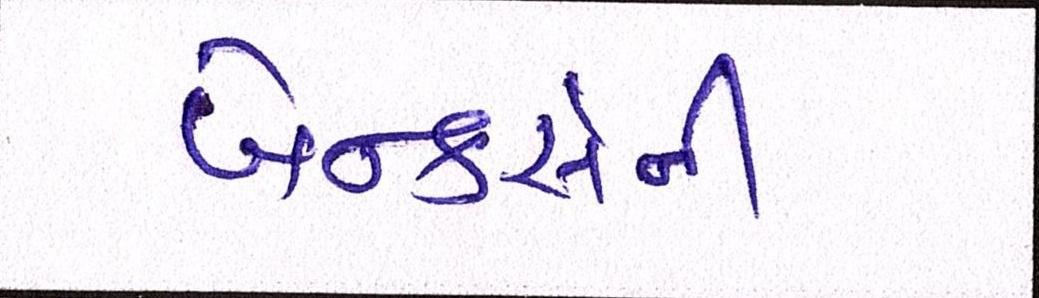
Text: બેન્કર્સની